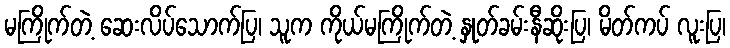
မကြိုက်တဲ့ ဆေးလိပ်သောက်ပြ၊ သူက ကိုယ်မကြိုက်တဲ့ နှုတ်ခမ်းနီဆိုးပြ၊ မိတ်ကပ် လူးပြ၊